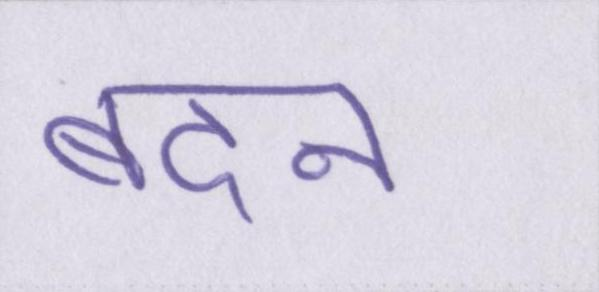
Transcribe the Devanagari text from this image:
बदन